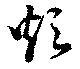
炊